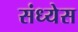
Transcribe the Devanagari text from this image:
संध्येस